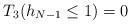
LaTeX: \begin{align*} \begin{aligned} T_3(h_{N-1} {}\leq{} 1) = 0 \end{aligned} \end{align*}